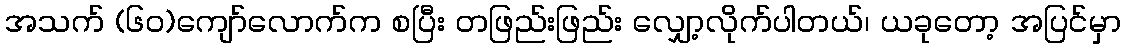
အသက် (၆၀)ကျော်လောက်က စပြီး တဖြည်းဖြည်း လျှော့လိုက်ပါတယ်၊ ယခုတော့ အပြင်မှာ